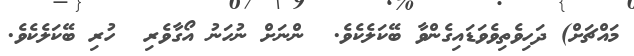
މައްޗަށް) ދަހިވެތިވެވަޑައިގެންވާ ބޭކަލެކެވެ.  ންނަށް ނުހަނު އޯގާވެރި  ހުރި ބޭކަލެކެވެ.